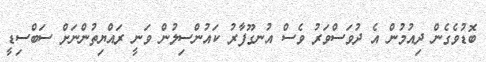
ބޮޑުވެގެން ދިއުމުން އެ ދުވަސްވަރު ވެސް އުނގޫފާރު ކައުންސިލުން ވަނީ ރައްޔިތުންނަށް ސަބްސިޑީ